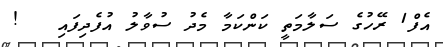
އެފް1 ރޭހުގެ ސަލާމަތީ ކަންކަމާ މެދު ސުވާލު އުފެދިފައި   !